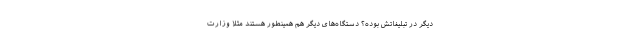
دیگر در تبلیغاتش بوده؟ دستگاه‌های دیگر هم همینطور هستند مثلا وزارت